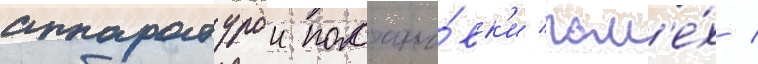
аппаратурои постано́вк'и пом'е́х /